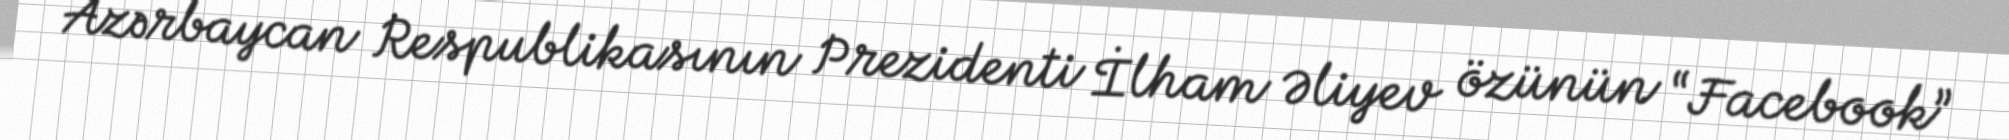
Azərbaycan Respublikasının Prezidenti İlham Əliyev özünün “Facebook”